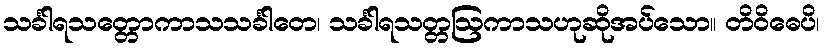
သင်္ခါရသတ္တောကာသသင်္ခါတေ၊ သင်္ခါရသတ္တဩကာသဟုဆိုအပ်သော။ တိဝိဓေပိ၊